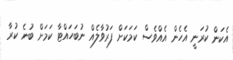
އެކަން ކުރަނީ އެހެން އެއްވެސް ކަމަކަށް ފަރުވާލެއް ނުބަހައްޓާ ކަމަށް ބުނެ ކުރާ